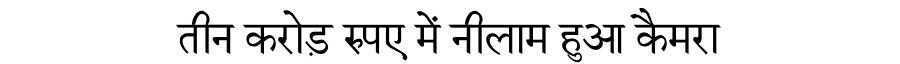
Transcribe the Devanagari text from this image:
तीन करोड़ रुपए में नीलाम हुआ कैमरा